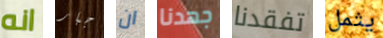
انه جبار ان جهدنا تفقدنا يثمل